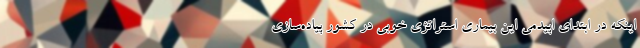
اینکه در ابتدای اپیدمی این بیماری استراتژی خوبی در کشور پیاده‌سازی